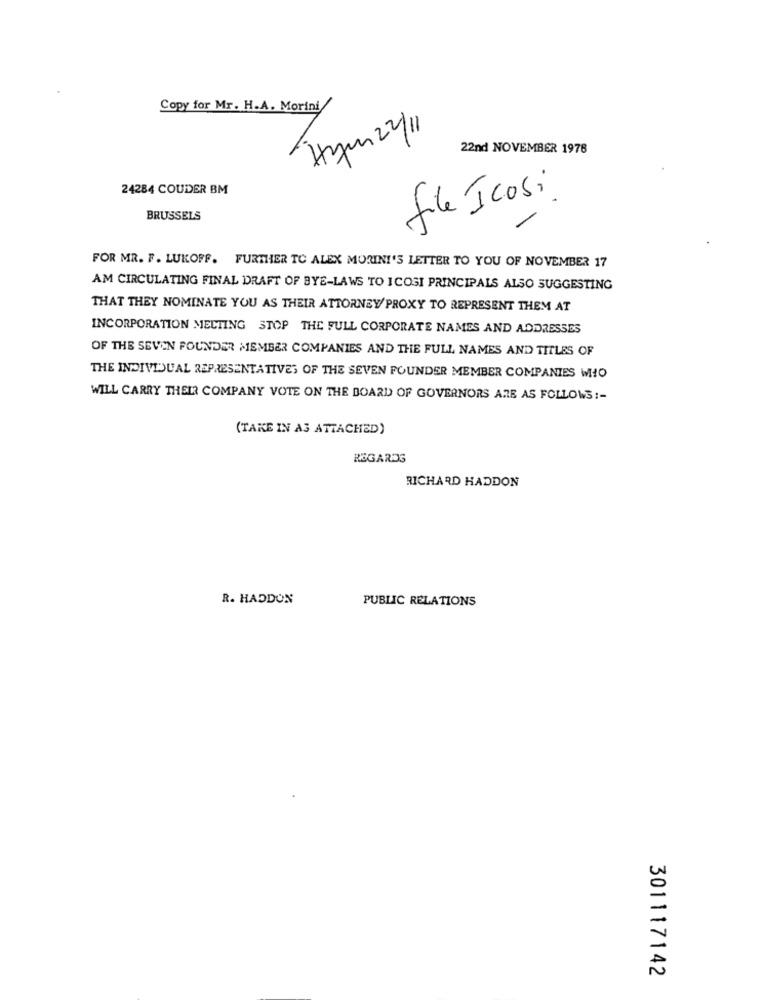
Copy for Mr. H.A. Morini
Hym 2/1
22nd NOVEMBER 1976
24284 COUDER BM
file Icosi
BRUSSELS
FOR MR. F. LUKOFF. FURTHER TC ALEX MORINI'S LETTER TO YOU OF NOVEMBER 17
AM CIRCULATING FINAL DRAFT OF BYE-LAWS TO ICOSI PRINCIPALS ALSO SUGGESTING
THAT THEY NOMINATE YOU AS THEIR ATTORNEY/ PROXY TO REPRESENT THEM AT
INCORPORATION MELTING STOP THE FULL CORPORATE NAMES AND ADDRESSES
OF THE SEVEN FOUNDER MEMBER COMPANIES AND THE FULL NAMES AND TITLES OF
THE INDIVIDUAL REPRESENTATIVES OF THE SEVEN FOUNDER MEMBER COMPANIES WHO
WILL CARRY THEIR COMPANY VOTE ON THE BOARD OF GOVERNORS ARE AS FOLLOWS :-
(TAKE IN A3 ATTACHED)
REGARDS
RICHARD HADDON
R. HADDON
PUBLIC RELATIONS
301117142